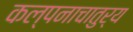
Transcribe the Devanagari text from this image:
कल्पनाचातुर्य